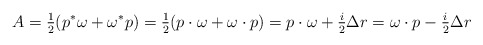
\begin{align*}A = \tfrac{1}{2}(p^*\omega + \omega^*p) = \tfrac{1}{2}(p\cdot \omega + \omega\cdot p) = p\cdot \omega +\tfrac{i}{2}\Delta r = \omega\cdot p -\tfrac{i}{2} \Delta r\end{align*}